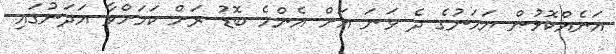
އަނެއްކޮޅުން ޔަމަނުގެ ދެ ވަނަ އަށް އެންމެ ބޮޑު ރަށް ކަމަށްވާ އަދަނުގައި